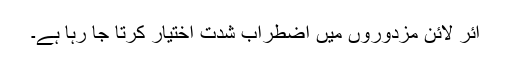
ائر لائن مزدوروں میں اضطراب شدت اختیار کرتا جا رہا ہے۔